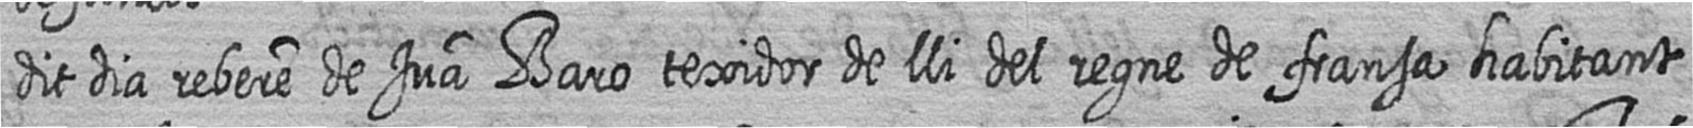
dit dia rebere de Jua Baro texidor de lli del regne de fransa habitant